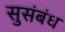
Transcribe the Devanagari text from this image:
सुसंबंध